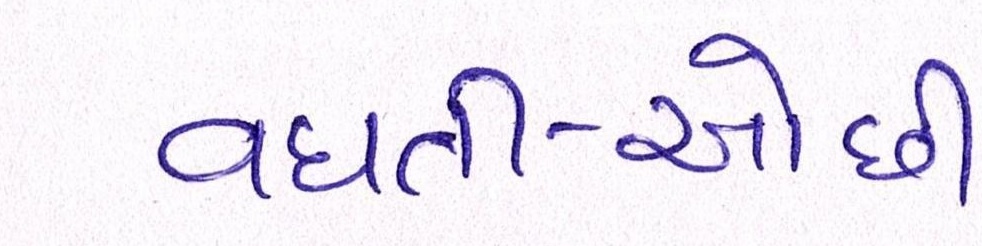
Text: વધતી-ઓછી